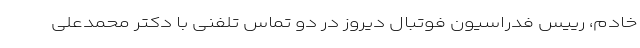
خادم، رییس فدراسیون فوتبال دیروز در دو تماس تلفنی با دکتر محمدعلی